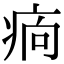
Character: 𤵼